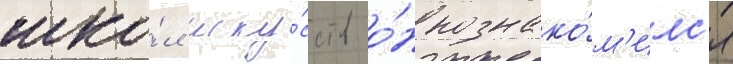
шко́л иску́сств о́н познако́м'илс'я